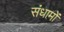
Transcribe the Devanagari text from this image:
संधामों